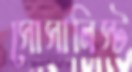
সোসালিস্ট